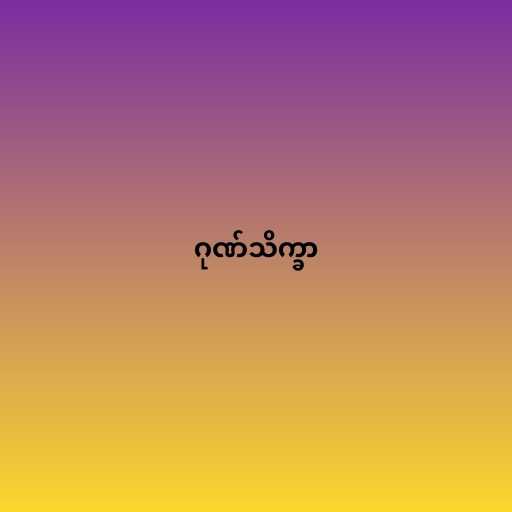
ဂုဏ်သိက္ခာ